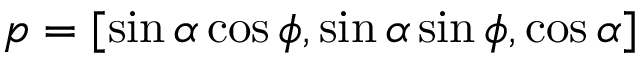
\boldsymbol { p } = [ \sin \alpha \cos \phi , \sin \alpha \sin \phi , \cos \alpha ]